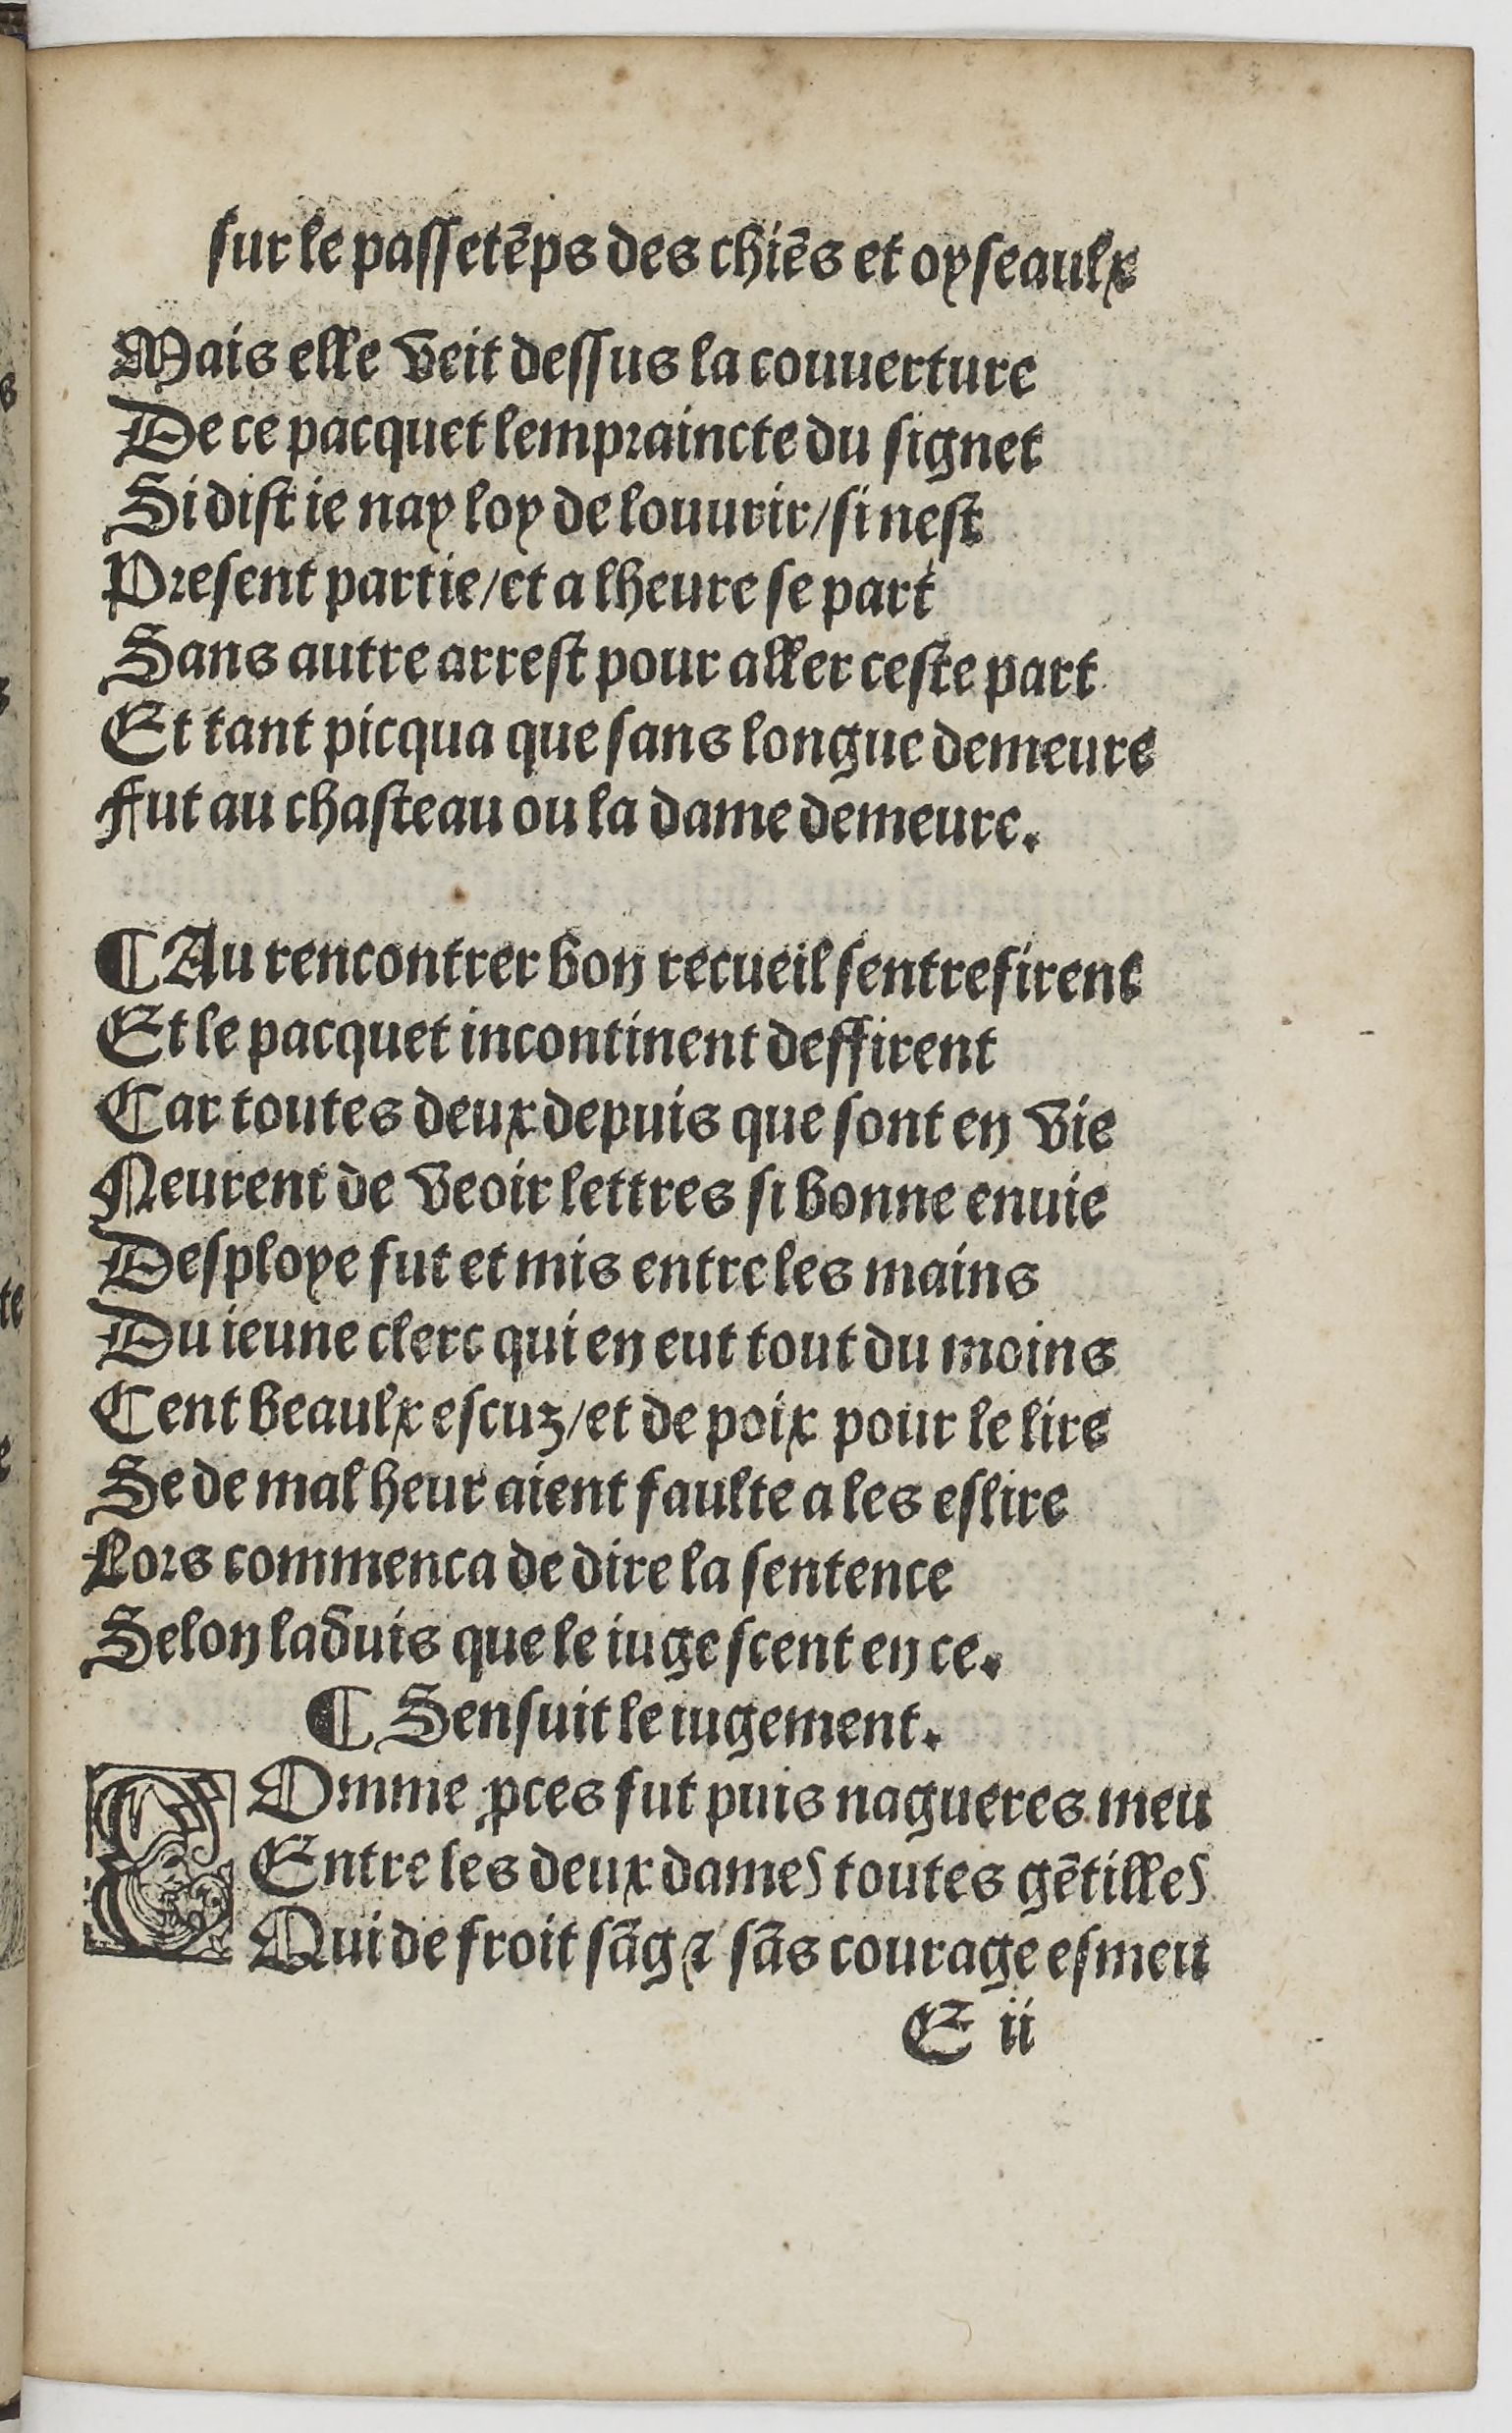
Shelfmark: Paris, BnF, Rés. YE-1395
Century: 16